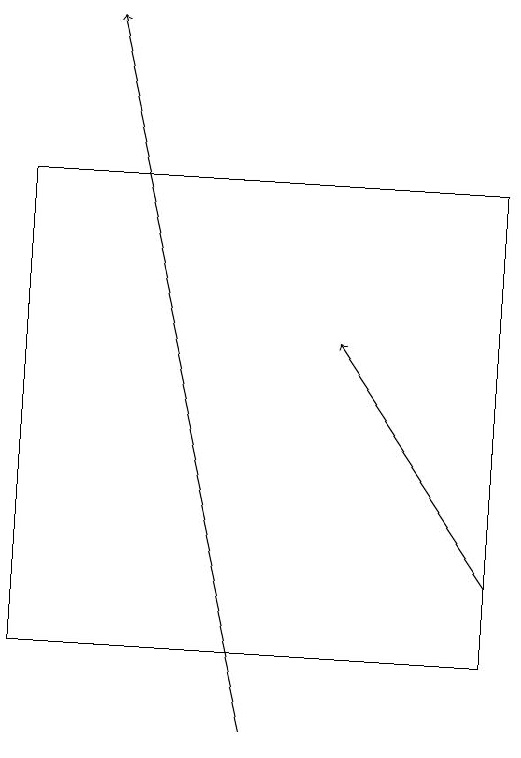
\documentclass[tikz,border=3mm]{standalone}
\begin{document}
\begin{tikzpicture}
\draw[->] (6,10) -- (4,19);
\draw[->] (9,12) -- (7,15);
\draw (9,11) rectangle (3,17);
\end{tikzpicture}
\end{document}